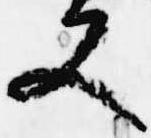
又